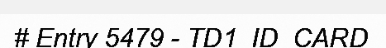
# Entry 5479 - TD1_ID_CARD